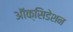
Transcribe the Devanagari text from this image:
ऑक्सिडेशन